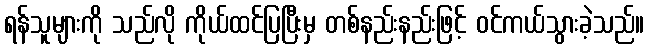
ရန်သူများကို သည်လို ကိုယ်ထင်ပြပြီးမှ တစ်နည်းနည်းဖြင့် ဝင်ကယ်သွားခဲ့သည်။